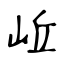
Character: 岴